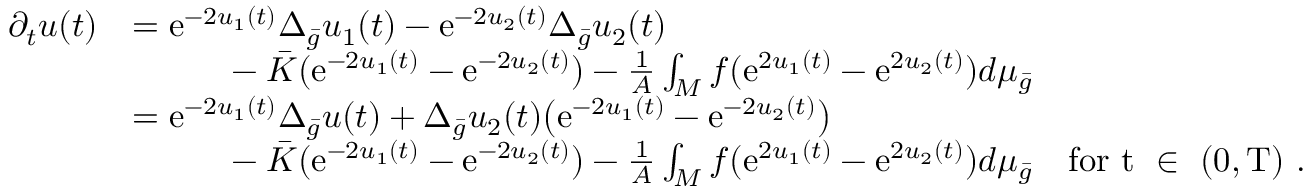
\begin{array} { r l } { \partial _ { t } u ( t ) } & { = \mathrm { e } ^ { - 2 u _ { 1 } ( t ) } \Delta _ { \bar { g } } u _ { 1 } ( t ) - \mathrm { e } ^ { - 2 u _ { 2 } ( t ) } \Delta _ { \bar { g } } u _ { 2 } ( t ) } \\ & { \phantom { a a a a a } - \bar { K } ( \mathrm { e } ^ { - 2 u _ { 1 } ( t ) } - \mathrm { e } ^ { - 2 u _ { 2 } ( t ) } ) - \frac 1 A \int _ { M } f ( \mathrm { e } ^ { 2 u _ { 1 } ( t ) } - \mathrm { e } ^ { 2 u _ { 2 } ( t ) } ) d \mu _ { \bar { g } } } \\ & { = \mathrm { e } ^ { - 2 u _ { 1 } ( t ) } \Delta _ { \bar { g } } u ( t ) + \Delta _ { \bar { g } } u _ { 2 } ( t ) \bigl ( \mathrm { e } ^ { - 2 u _ { 1 } ( t ) } - \mathrm { e } ^ { - 2 u _ { 2 } ( t ) } \bigr ) } \\ & { \phantom { a a a a a } - \bar { K } ( \mathrm { e } ^ { - 2 u _ { 1 } ( t ) } - \mathrm { e } ^ { - 2 u _ { 2 } ( t ) } ) - \frac 1 A \int _ { M } f ( \mathrm { e } ^ { 2 u _ { 1 } ( t ) } - \mathrm { e } ^ { 2 u _ { 2 } ( t ) } ) d \mu _ { \bar { g } } \quad \mathrm { f o r ~ t ~ \in ~ ( 0 , T ) ~ } . } \end{array}